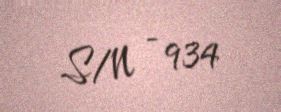
S/N - 934